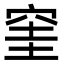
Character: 窐